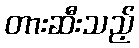
တားဆီးသည့်